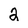
Character: 2